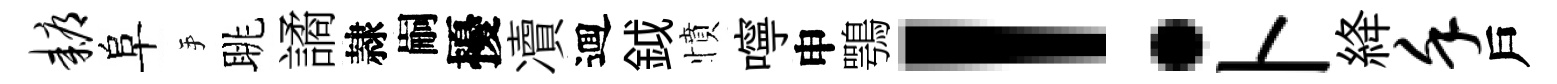
耨阜手眺譎隷嗣擾凟逥鉞憤嚀申鶚！卜絳堇戶